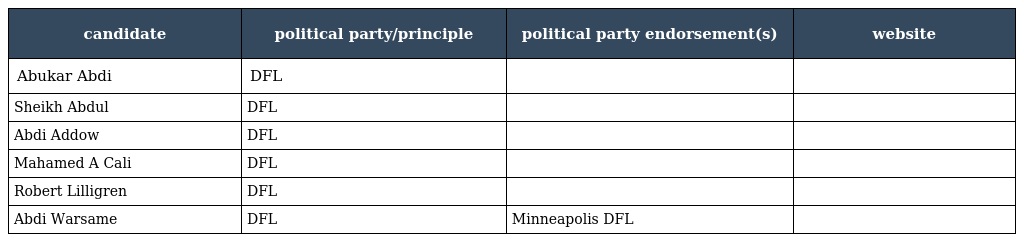
| candidate | political party/principle | political party endorsement(s) | website |
 | --- | --- | --- | --- |
 | Abukar Abdi | DFL |  |  |
 | Sheikh Abdul | DFL |  |  |
 | Abdi Addow | DFL |  |  |
 | Mahamed A Cali | DFL |  |  |
 | Robert Lilligren | DFL |  |  |
 | Abdi Warsame | DFL | Minneapolis DFL |  |